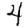
Digit: 4